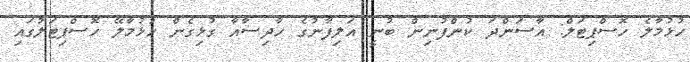
ހުޅުމާލެ ހޮސްޕިޓަލް: އާސަންދަ ކުންފުނިން ބުނީ އަލިފާނުގެ ހާދިސާއާ ގުޅިގެން ހުޅުމާލޭ ހޮސްޕިޓަލުގައި